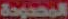
المحدودة